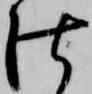
仕